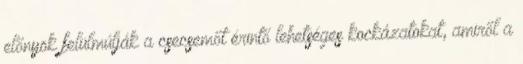
előnyök felülmúlják a csecsemőt érintő lehetséges kockázatokat, amiről a